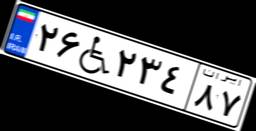
۲۶W۲۳۴۸۷